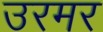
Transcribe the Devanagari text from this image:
उरमर